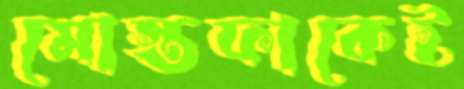
মোস্তফাকেই